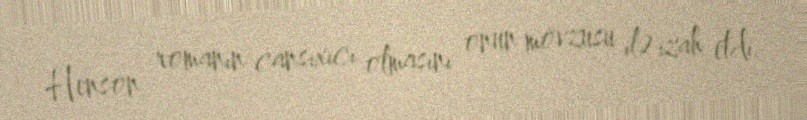
Henson romanın cansıxıcı olmasını onun mövzusu ilə izah etdi.